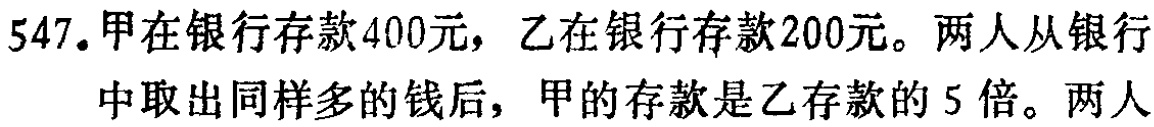
547.甲在银行存款400元，乙在银行存款200元。两人从银行中取出同样多的钱后，甲的存款是乙存款的5倍。两人